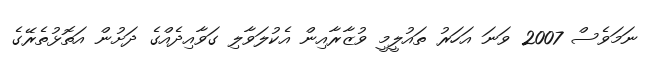
ނަމަވެސް 2007 ވަނަ އަހަރު ތައުލީމީ ވުޒާރާއިން އެކުލަވާލި ގަވާއިދެއްގެ ދަށުން އަތޮޅުތެރޭގެ